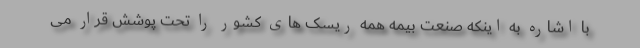
با اشاره به اینکه صنعت بیمه همه ریسک های کشور را تحت پوشش قرار می